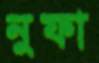
নুফা